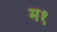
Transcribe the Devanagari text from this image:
म१